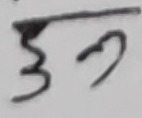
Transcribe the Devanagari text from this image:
३२